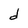
Character: d